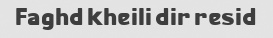
Faghd kheili dir resid